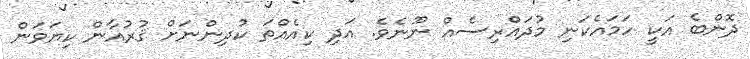
ދޮންބެ އަކީ ހަމައެކަނި މުދައްރިސެއް ނޫނެވެ. އަދި ކިއެއްތަ ކުދިންނަށް ޤުރުއާން ކިޔަވަން